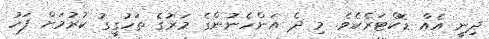
ދިނީ އެއް ޑޮކްޓަރެކެވެ. މި ދެ އަންހެނުންގެ މަރުގެ ތަހުގީގު ކުރުމަށް ފަހު